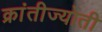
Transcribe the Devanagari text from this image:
क्रांतीज्योती